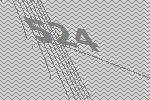
524